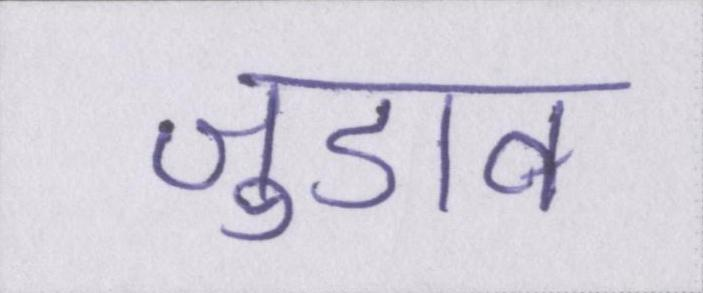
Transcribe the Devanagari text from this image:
जुडाव